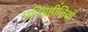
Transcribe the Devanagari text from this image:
परिग्रहीतियों